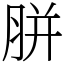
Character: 胼